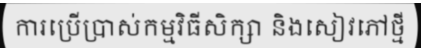
ការប្រើប្រាស់កម្មវិធីសិក្សា និងសៀវភៅថ្មី